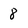
Character: 8